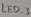
Text: LED_3